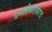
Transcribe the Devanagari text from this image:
प्रगतीबरोबरच